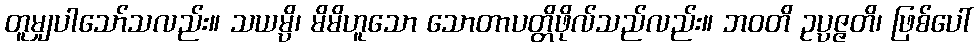
တူမျှပါသော်သလည်း။ သယမ္ပိ၊ မိမိဟူသော သောတာပတ္တိဖိုလ်သည်လည်း။ ဘဝတိ ဥပ္ပဇ္ဇတိ၊ ဖြစ်ပေါ်